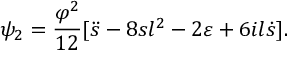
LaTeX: \psi _ { 2 } = \frac { \varphi ^ { 2 } } { 1 2 } [ \ddot { s } - 8 s l ^ { 2 } - 2 \varepsilon + 6 i l \dot { s } ] .